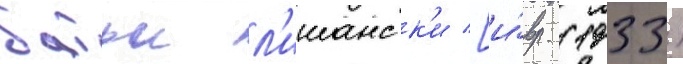
батьи л'ишанск'и [и́вр. (1933)